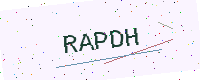
Text: RAPDH